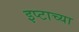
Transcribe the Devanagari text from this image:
इप्टाच्या